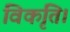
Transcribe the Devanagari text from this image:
विकृति।